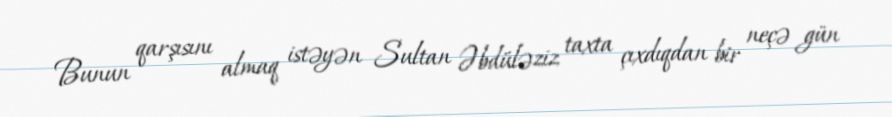
Bunun qarşısını almaq istəyən Sultan Əbdüləziz taxta çıxdıqdan bir neçə gün